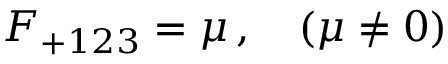
F _ { + 1 2 3 } = \mu \, , \quad ( \mu \neq 0 )